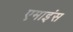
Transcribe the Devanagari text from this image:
एमाइंस